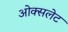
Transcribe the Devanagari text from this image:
ओक्सलेट